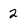
Character: 2